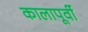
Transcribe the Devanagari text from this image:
कालापूर्वी